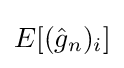
E[({\hat {g}}_{n})_{i}]